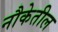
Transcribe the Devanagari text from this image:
नौकेतील